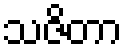
သဇိတာ